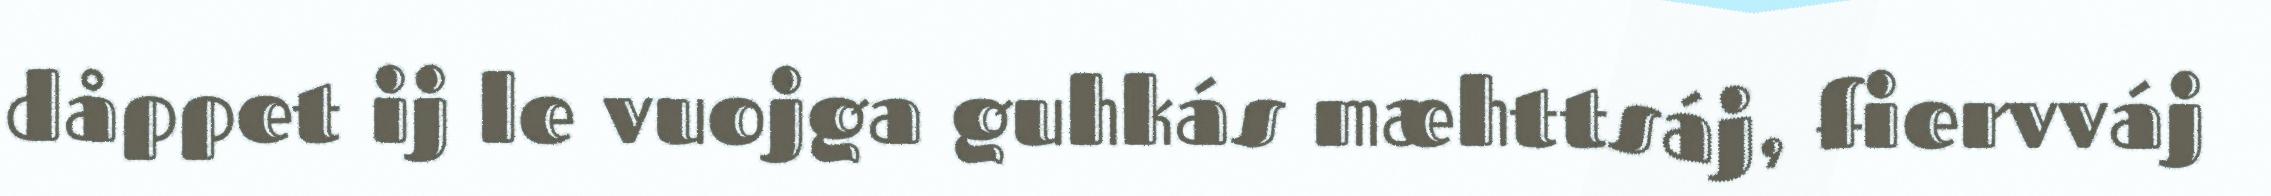
dåppet ij le vuojga guhkás mæhttsáj, fiervváj